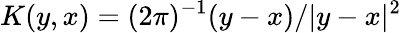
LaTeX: K(y,x)=(2\pi)^{-1}(y-x)/|y-x|^{2}